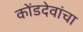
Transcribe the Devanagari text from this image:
कोंडदेवांचा